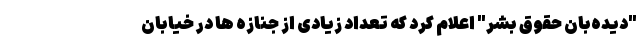
"دیده‌بان حقوق بشر" اعلام کرد که تعداد زیادی از جنازه ها در خیابان